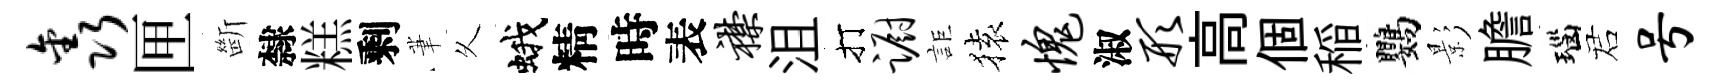
鑫匣㫁隸糕剩茟乆蛾精時表襟沮打蹰詎𫞤愧淑形高個稲鸚影膽瑙诺号